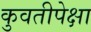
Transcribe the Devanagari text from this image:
कुवतीपेक्षा